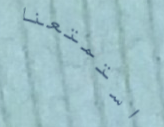
استمتعنا